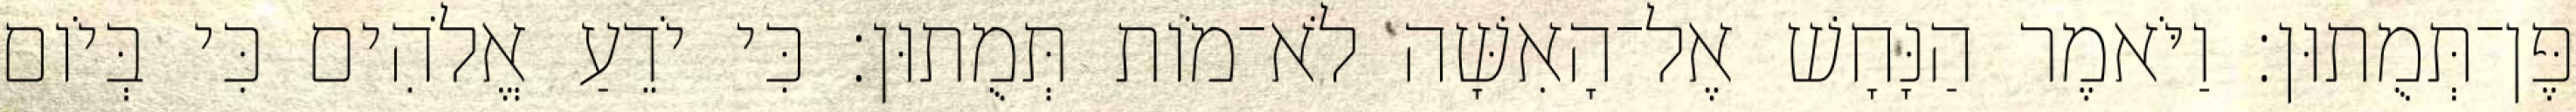
פֶּן־תְּמֻתוּן׃ וַיֹּאמֶר הַנָּחָשׁ אֶל־הָאִשָּׁה לֹא־מֹות תְּמֻתוּן׃ כִּי יֹדֵעַ אֱלֹהִים כִּי בְּיֹום